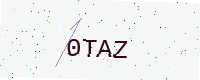
Text: 0TAZ